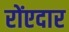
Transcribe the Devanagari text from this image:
रोंएदार